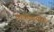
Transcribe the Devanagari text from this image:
वाक्यप्रयोगः